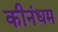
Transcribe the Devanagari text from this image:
कीनंधम